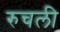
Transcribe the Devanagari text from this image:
रुचली